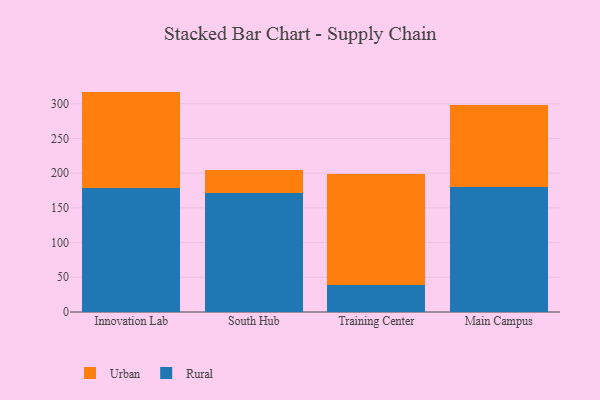
{"axis": {"x": "Campus", "y": "Operating Costs (USD K)"}, "legend": ["Rural", "Urban"], "data": [{"x": "Innovation Lab", "y": 179.2, "type": "Rural"}, {"x": "Innovation Lab", "y": 138.3, "type": "Urban"}, {"x": "South Hub", "y": 171.9, "type": "Rural"}, {"x": "South Hub", "y": 33.2, "type": "Urban"}, {"x": "Training Center", "y": 39.4, "type": "Rural"}, {"x": "Training Center", "y": 158.8, "type": "Urban"}, {"x": "Main Campus", "y": 179.5, "type": "Rural"}, {"x": "Main Campus", "y": 119.2, "type": "Urban"}]}